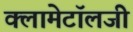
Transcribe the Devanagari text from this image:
क्लामेटॉलजी